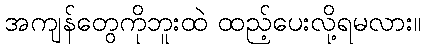
အကျန်တွေကိုဘူးထဲ ထည့်ပေးလို့ရမလား။